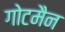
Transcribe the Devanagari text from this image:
गोटमैन